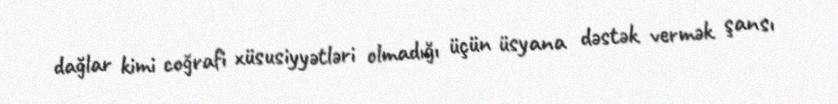
dağlar kimi coğrafi xüsusiyyətləri olmadığı üçün üsyana dəstək vermək şansı